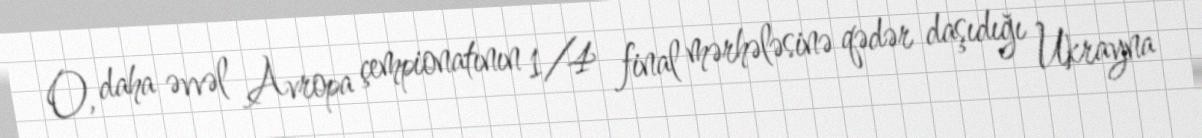
O, daha əvvəl Avropa çempionatının 1/4 final mərhələsinə qədər daşıdığı Ukrayna